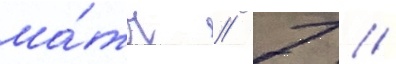
ма́тч // 7 //